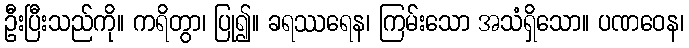
ဦးပြီးသည်ကို။ ကရိတွာ၊ ပြု၍။ ခရဿရေန၊ ကြမ်းသော အသံရှိသော။ ပဏဝေန၊